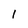
Character: I